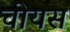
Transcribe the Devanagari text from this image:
चोयस